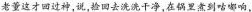
老董这才回过神,说,捡回去洗洗干净，在锅望煮到咕嘟响，